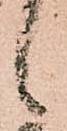
候